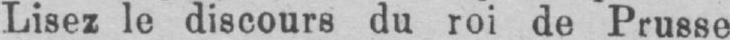
Lisez le discours du roi de Prusse